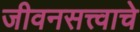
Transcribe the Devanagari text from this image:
जीवनसत्त्वाचे